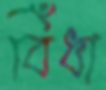
বিঁধা